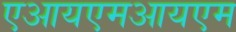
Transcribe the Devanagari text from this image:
एआयएमआयएम